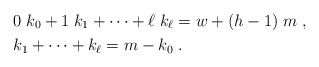
\begin{align*}& 0\; k_0 + 1\; k_1+ \cdots + \ell\; k_{\ell} = w + (h-1) \; m \;, \\& k_1 + \cdots + k_{\ell} = m - k_0 \;. \end{align*}